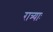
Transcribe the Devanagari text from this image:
रात्र्याः